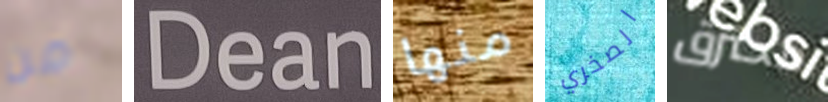
من Dean منها الصخري محترق